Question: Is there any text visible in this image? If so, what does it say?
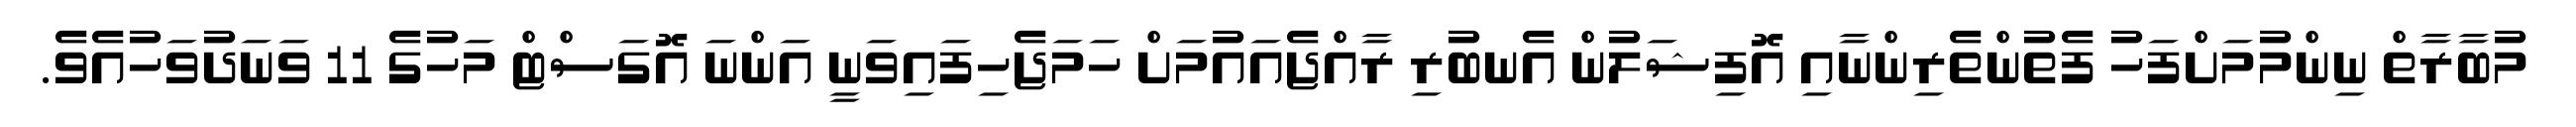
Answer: މުބާރާތް ނިންމުމަށްފަހު ފެތުންތެރިންނާއި އޮފިޝަލުން އެނބުރި ރާއްޖެއައުމަށް ހަމަޖެހިފައިވަނީ އަންނަ އޮގަސްޓް މަހުގެ 11 ވަނަދުވަހުއެވެ.